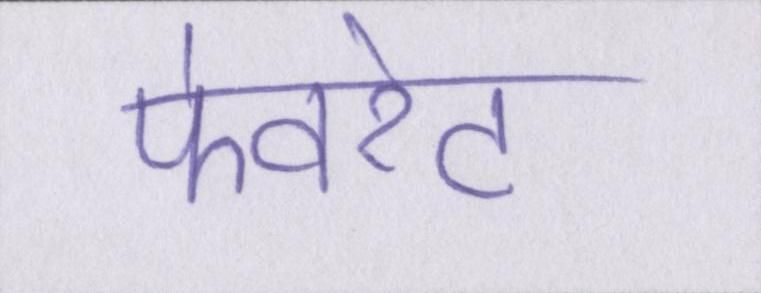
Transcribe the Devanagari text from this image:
फेवरेट